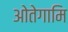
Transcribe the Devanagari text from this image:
ओतेगामि